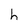
Character: h